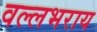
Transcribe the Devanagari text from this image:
वल्‍लभराय